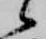
候